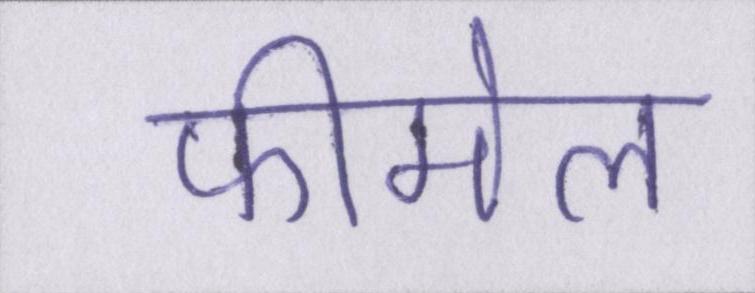
फीमेल